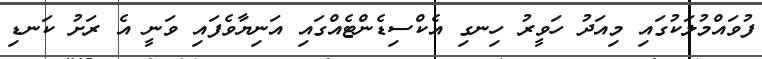
ފުވައްމުލަކުގައި މިއަދު ހަވީރު ހިނގި އެކްސިޑެންޓެއްގައި އަނިޔާވެފައި ވަނީ އެ ރަށު ކަނޑި